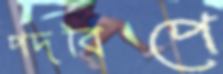
পদবিপে